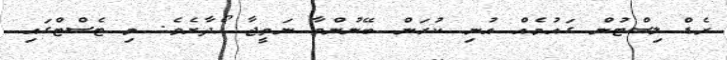
ރެޑް ލިސްޓުން ގައުމެއް އުނި ކުރަން ބޭނުންވާ ނަތީޖާ ހޯދާށެވެ. މި ޓެސްޓްގައި